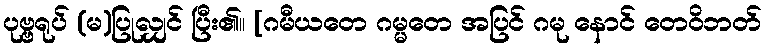
ပုဗ္ဗရုပ် (မ)ပြုလျှင် ပြီး၏။ [ဂမီယတေ ဂမ္မတေ အပြင် ဂမု နောင် တေဝိဘတ်